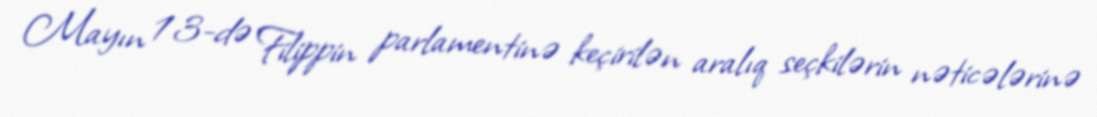
Mayın 13-də Filippin parlamentinə keçirilən aralıq seçkilərin nəticələrinə